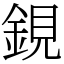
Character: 鋧